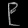
Digit: ၉